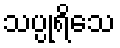
သပ္ပုရိသေ